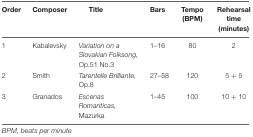
| Order | Composer | Title | Bars | Tempo (BPM) | Rehearsal time (minutes) |
 | --- | --- | --- | --- | --- | --- |
 | 1 | Kabalevsky | Variation on a Slovakian Folksong, Op.51 No.3 | 1–16 | 80 | 2 |
 | 2 | Smith | Tarentelle Brilliante, Op.8 | 27–58 | 120 | 5 + 5 |
 | 3 | Granados | Escenas Romanticas, Mazurka | 1–45 | 100 | 10 + 10 |